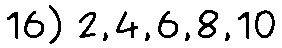
16) 2,4,6,8,10